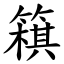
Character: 簯